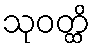
သုဝတ္ထိ